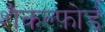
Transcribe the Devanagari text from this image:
शैकल्फ़ोर्ड